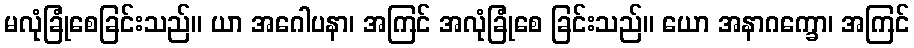
မလုံခြုံစေခြင်းသည်။ ယာ အဂေါပနာ၊ အကြင် အလုံခြုံစေ ခြင်းသည်။ ယော အနာဂက္ခော၊ အကြင်